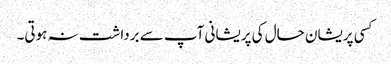
کسی پریشان حال کی پریشانی آپ سے برداشت نہ ہوتی۔